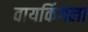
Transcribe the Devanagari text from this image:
वायकिंगला